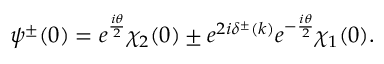
\psi ^ { \pm } ( 0 ) = e ^ { \frac { i \theta } { 2 } } \chi _ { 2 } ( 0 ) \pm e ^ { 2 i \delta ^ { \pm } ( k ) } e ^ { - \frac { i \theta } { 2 } } \chi _ { 1 } ( 0 ) .